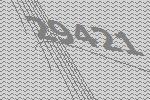
29421